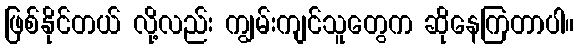
ဖြစ်နိုင်တယ် လို့လည်း ကျွမ်းကျင်သူတွေက ဆိုနေကြတာပါ။